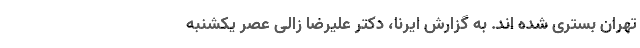
تهران بستری شده‌ اند. به گزارش ایرنا، دکتر علیرضا زالی عصر یکشنبه